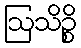
ဩသိဉ္စိ